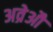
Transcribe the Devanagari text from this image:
अव्रेऔ